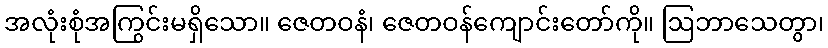
အလုံးစုံအကြွင်းမရှိသော။ ဇေတဝနံ၊ ဇေတဝန်ကျောင်းတော်ကို။ ဩဘာသေတွာ၊